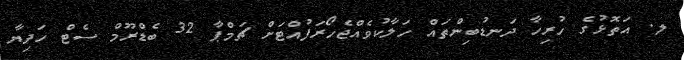
ލ. އަތޮޅުގެ ހުރިހާ ދަނޑުބިންތައް ހަލާކުވެއްޖެހޯރަފުއްޓަށް ޗަމްޕާ 32 ބެޑްރޫމް ސެޓް ހަދިޔާ